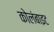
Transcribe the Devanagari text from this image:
कोलंबाइट